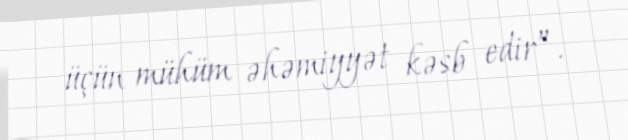
üçün mühüm əhəmiyyət kəsb edir”.